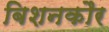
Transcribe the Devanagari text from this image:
बिशनकौर